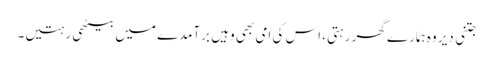
جتنی دیر وہ ہمارے گھر رہتی، اس کی امی بھی وہیں برآمدے میں بیٹھی رہتیں۔